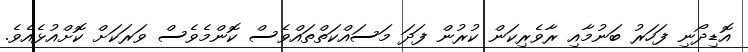
އޮޑިދޯނި ފަހަރު ބަނުމާއި ރާވެރިކަން ކުރުން ފަދަ މަސައްކަތްތައްވެސް ކޮންމެވެސް ވަރަކަށް ކޮށްއުޅެއެވެ.